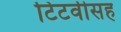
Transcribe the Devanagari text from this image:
टिटवीसह